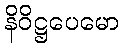
နိဝိဋ္ဌပေမော